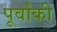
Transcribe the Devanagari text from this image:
पूर्वांकी